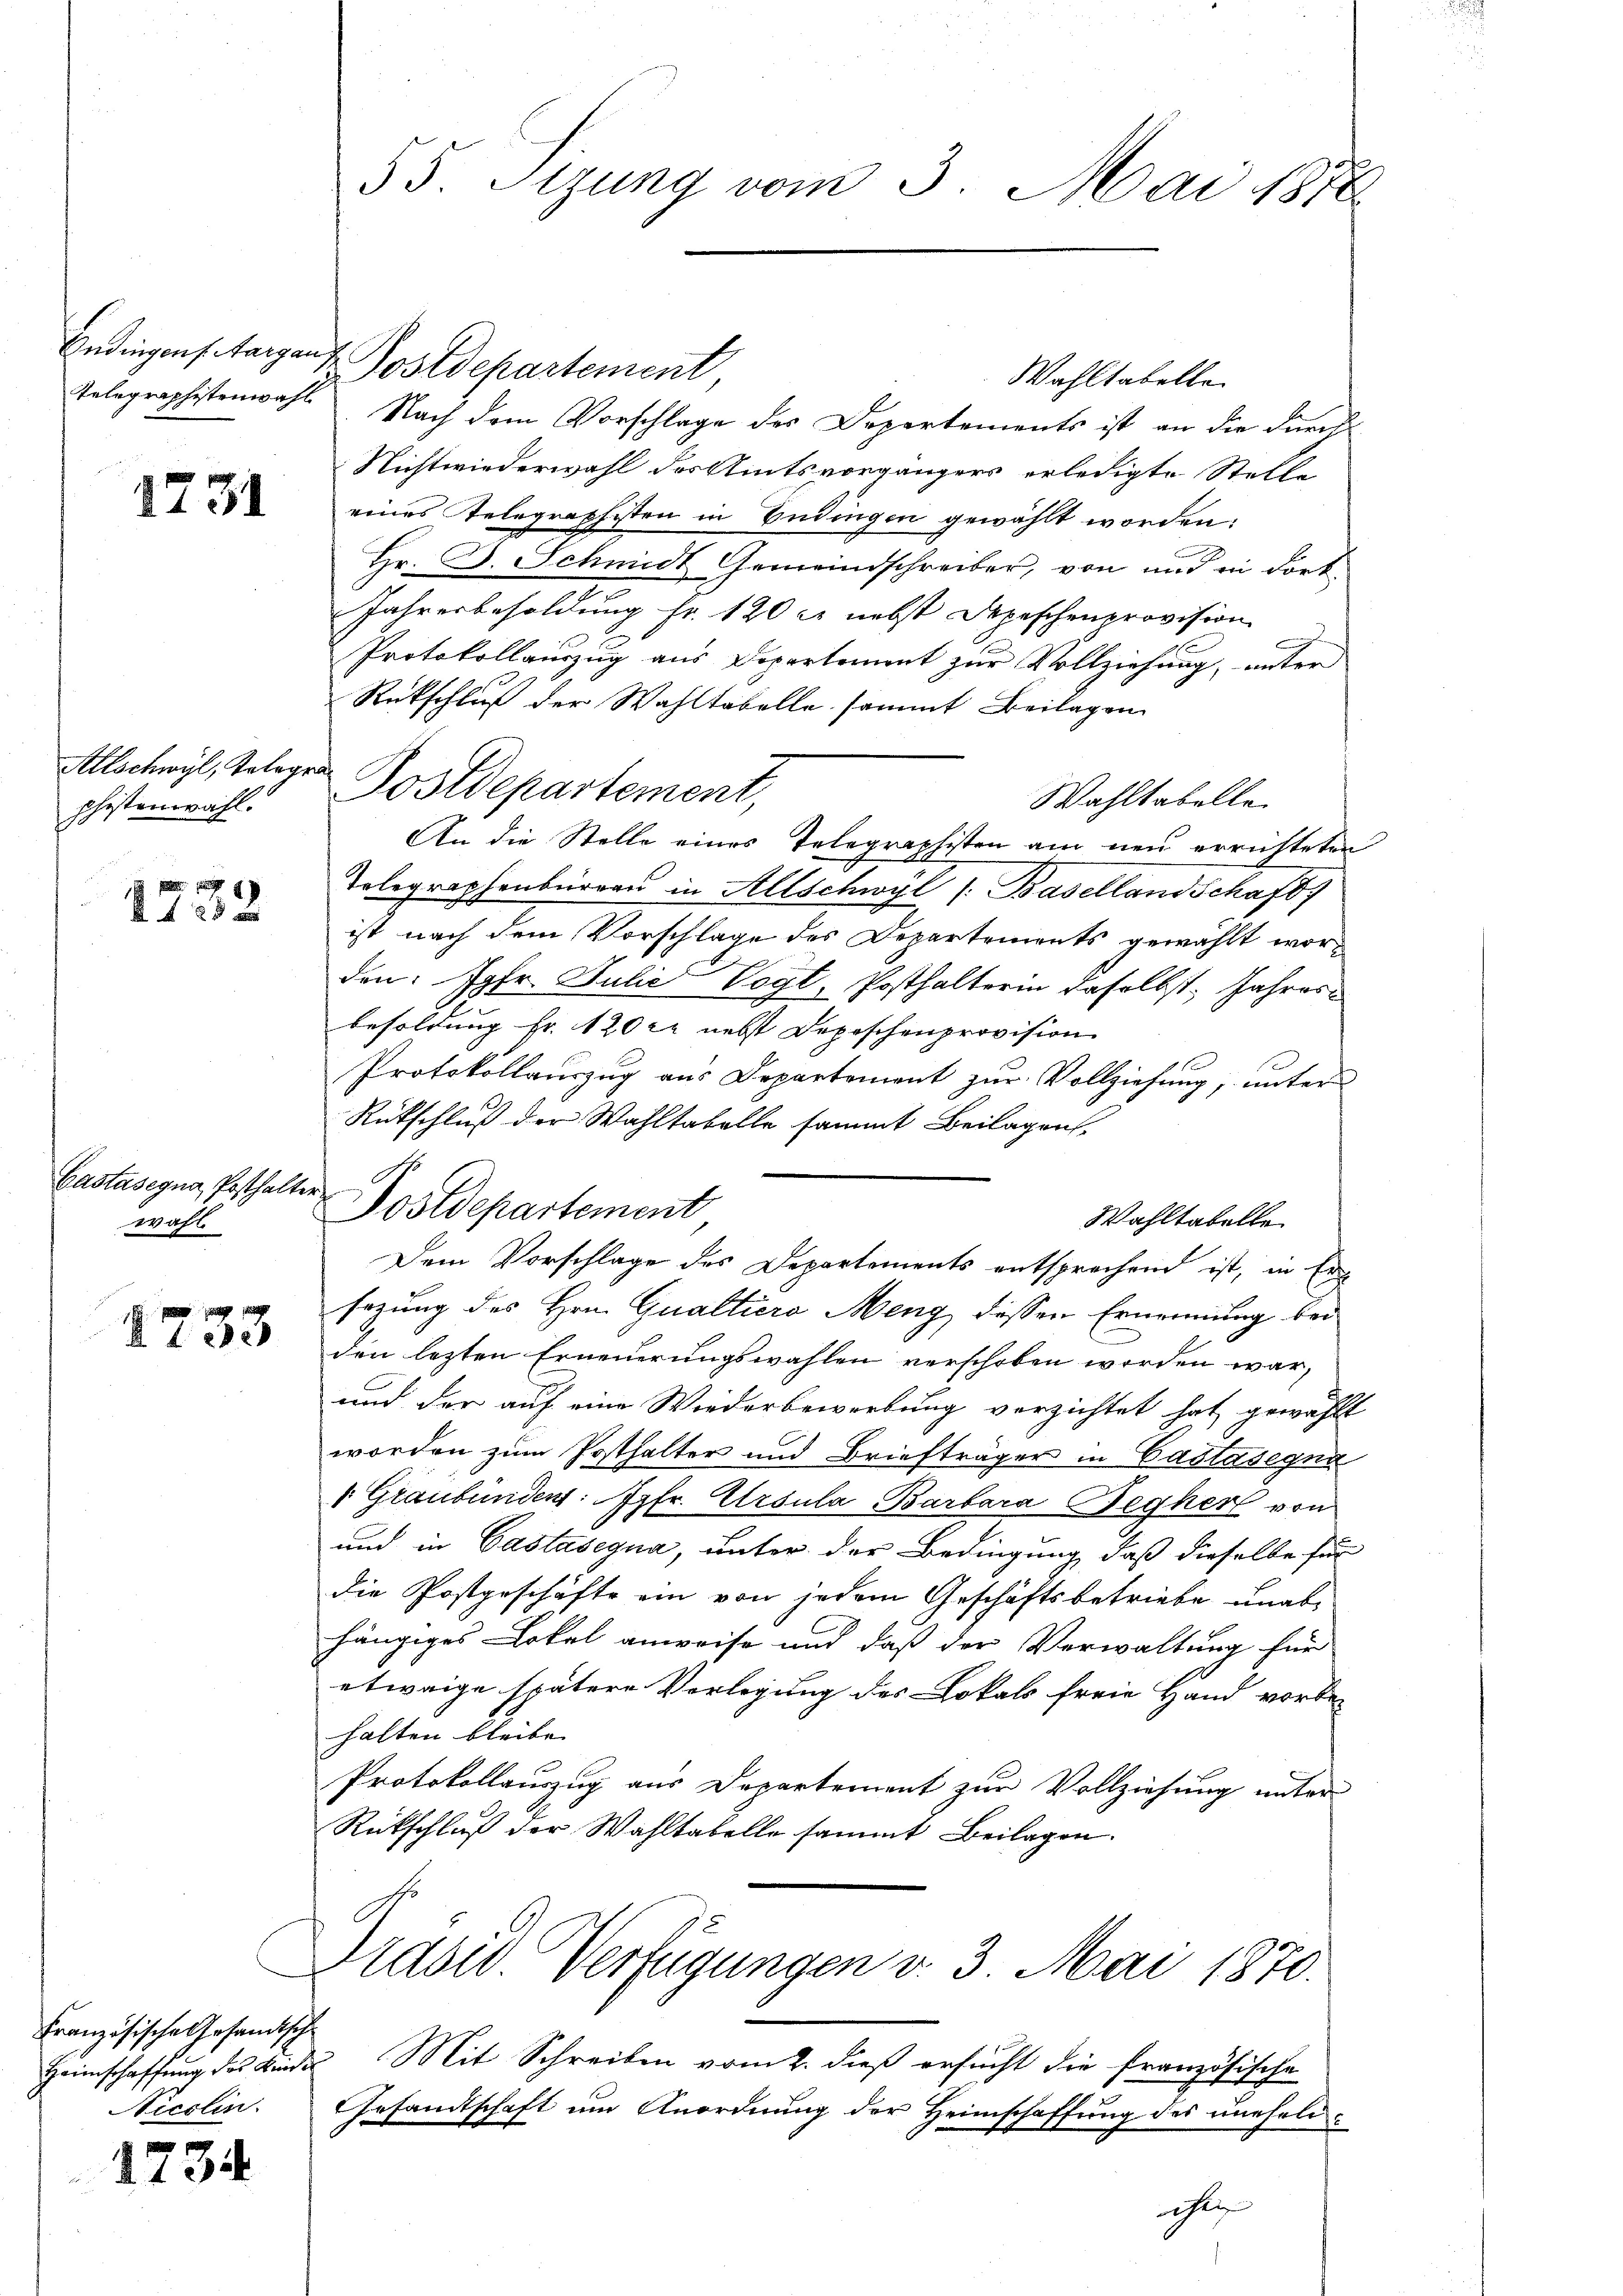
1731

Allschwyl, Telegrashistenwahl.

49
 2 x

wahl

1733

Französische Gesandtsche
Nicclin.

1734

55. Sizung vom 3. Mai 187

Wahltabelle
Telegraphistenwahl Nach dem Vorschlage des Departements ist an die durch
Nichtwiederwahl des Amtsvorgängers erledigte Stell-
eines Telegraphisten in Bedingen gewählt worden.
Hr. D. Schmidt Gemeindschreiber, von und in dort¬
Jahresbesoldung fr. 120 l. nebst Depeschenprovision
Protokollauszug aus Departement zur Vollziehung, unter
Rückschluß der Wahltabelle sammt Beilagen
Postdepartement,
Wahltabelle
An die Stelle eines Telegraphisten am neu errichteten
Tolegraphenbürger in Allschwyl /: Baselland Schaft
ist nach dem Vorschlage des Departements gewählt worden: Jgfr. Julić Vogt, Posthalterin daselbst, Jahresbesoldung Fr. 120 r nebst Depeschenprovision.
Protokollauszug aus Departement zur Vollziehung, unter
Rütschluß der Wahltabelle sammt Beilagen.
Wahltabelle
Dem Vorschlage des Departements entsprechend ist, in Ersazung des Hrn. Qualtiere Meng dessen Ernennung bei
den letzten Erneuerungswahlen verschoben worden war,
und der auf eine Wiederbewerbung verzichtet hat gewählt
worden zum Posthalter und Briefträger in Castasegna
1 Graubünden: fr. Ursula Barbara Begher von
und in Gastasegna, unter der Bedingung, daß dieselbe für
die Postgeschäfte ein von jedem Geschäftsbetriebe unabhängiges Lokal anweise und daß der Verwaltung für
etwaige spätere Vorlegung des Lokals freie Hand vorbe-
halten bleibe
Protokollauszug aus Departement zur Vollziehung unter
Rückschluß der Wahltabelle sammt Beilagen.
Diadw. Verfügungen v. 3. Mai 1870.
Heimschaffung des Kinde Mit Schreiben vom 2. dieß ersucht die französische
Gesandtschaft um Anordnung der Heimschaffung des uneheliihle

Bedingenstaigen Postdepartement

Bastasezug, Posthalter Postdepartement